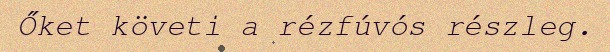
Őket követi a rézfúvós részleg.